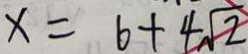
x = 6 + 4 \sqrt { 2 }